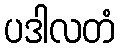
ပဒါလတံ